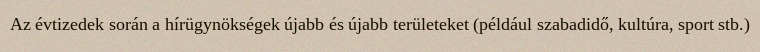
Az évtizedek során a hírügynökségek újabb és újabb területeket (például szabadidő, kultúra, sport stb.)